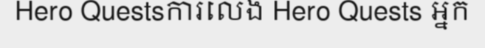
Hero Questsការលេង Hero Quests អ្នក